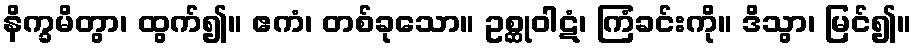
နိက္ခမိတွာ၊ ထွက်၍။ ဧကံ၊ တစ်ခုသော။ ဥစ္ဆုဝါဋံ၊ ကြံခင်းကို။ ဒိသွာ၊ မြင်၍။